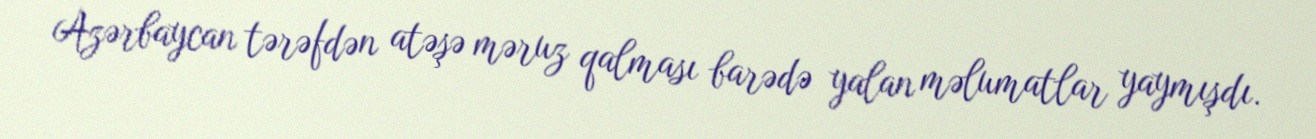
Azərbaycan tərəfdən atəşə məruz qalması barədə yalan məlumatlar yaymışdı.